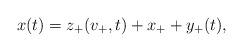
LaTeX: \begin{align*}{x(t)=z_+(v_+,t)+x_++y_+(t),}\end{align*}